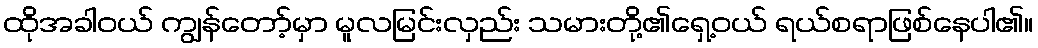
ထိုအခါဝယ် ကျွန်တော့်မှာ မူလမြင်းလှည်း သမားတို့၏ရှေ့ဝယ် ရယ်စရာဖြစ်နေပါ၏။